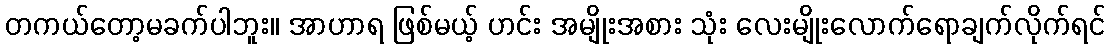
တကယ်တော့မခက်ပါဘူး။ အာဟာရ ဖြစ်မယ့် ဟင်း အမျိုးအစား သုံး လေးမျိုးလောက်ရောချက်လိုက်ရင်